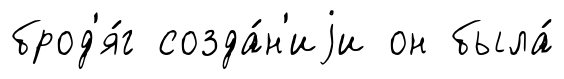
брод'я́г созда́н'иjи он была́